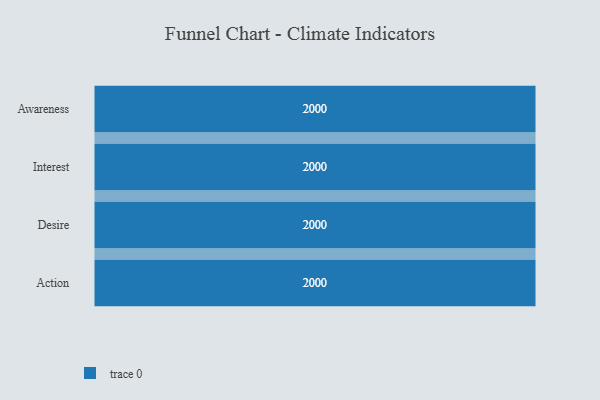
{"axis": {"x": "Stage", "y": "Value"}, "legend": [""], "data": [{"x": "Awareness", "y": 2000, "type": ""}, {"x": "Interest", "y": 2000, "type": ""}, {"x": "Desire", "y": 2000, "type": ""}, {"x": "Action", "y": 2000, "type": ""}]}